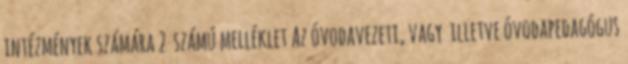
intézmények számára 2 számú melléklet Az óvodavezetı, vagy illetve óvodapedagógus